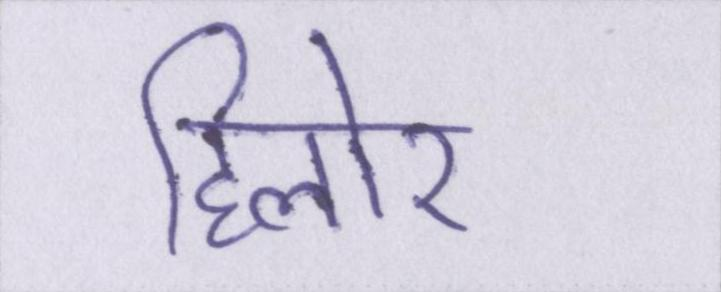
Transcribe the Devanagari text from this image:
हिलोर